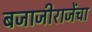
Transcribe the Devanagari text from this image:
बजाजीराजेंचा